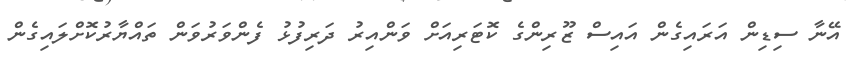
އޭނާ ސިޑިން އަރައިގެން އައިސް ޒޫރިންގެ ކޮޓަރިއަށް ވަންއިރު ދަރިފުޅު ފެންވަރުވަން ތައްޔާރުކޮށްލައިގެން